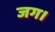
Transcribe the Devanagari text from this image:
जग।